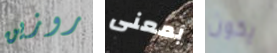
روزين بمعنى يكون